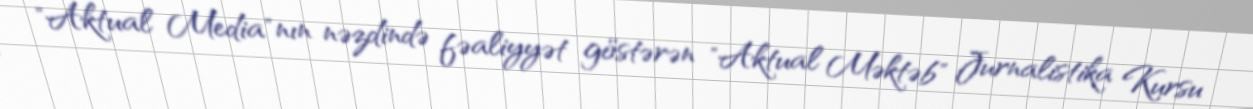
"Aktual Media"nın nəzdində fəaliyyət göstərən "Aktual Məktəb" Jurnalistika Kursu